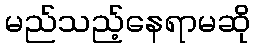
မည်သည့်နေရာမဆို